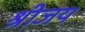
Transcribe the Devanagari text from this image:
श्रीजय